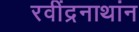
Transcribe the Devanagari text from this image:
रवींद्रनाथांन